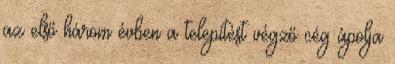
az első három évben a telepítést végző cég ápolja